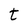
Character: t